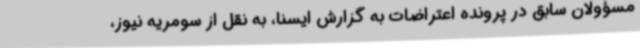
مسؤولان سابق در پرونده اعتراضات به گزارش ایسنا، به نقل از سومریه نیوز،